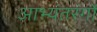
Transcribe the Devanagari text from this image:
आभ्यंतरंगों